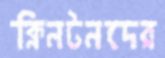
ক্লিনটনদের